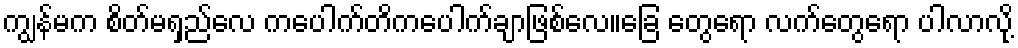
ကျွန်မက စိတ်မရှည်လေ ကပေါက်တိကပေါက်ချာဖြစ်လေ။ခြေ တွေရော လက်တွေရော ပါလာလို့